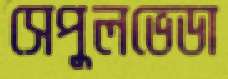
সেপুলভেডা